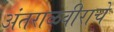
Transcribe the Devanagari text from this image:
अंतराळवीराचे